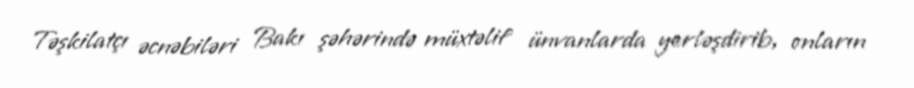
Təşkilatçı əcnəbiləri Bakı şəhərində müxtəlif ünvanlarda yerləşdirib, onların